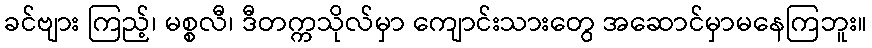
ခင်ဗျား ကြည့်၊ မစ္စလီ၊ ဒီတက္ကသိုလ်မှာ ကျောင်းသားတွေ အဆောင်မှာမနေကြဘူး။